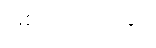
ဖြစ်ကြောင်းနှင့်